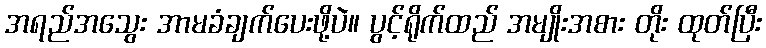
အရည်အသွေး အာမခံချက်ပေးဖို့ပဲ။ ပွင့်ရိုက်ထည် အမျိုးအစား တိုး ထုတ်ပြီး